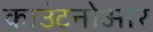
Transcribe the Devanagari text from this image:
काउंटनोआर